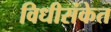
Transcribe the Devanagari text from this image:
विधीसंकेत